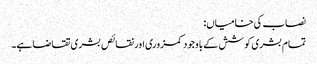
نصاب کی خامیاں:
تمام بشری کوشش کے باوجود کمزوری اور نقائص بشری تقاضا ہے۔